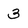
Character: 3